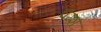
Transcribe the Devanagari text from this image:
वम्श